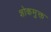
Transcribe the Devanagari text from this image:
शोकमुक्त